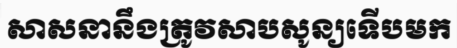
សាសនានឹងត្រូវសាបសូន្យទើបមក